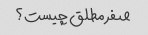
صفر مطلق چیست؟